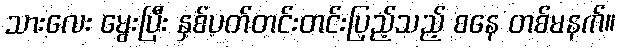
သားလေး မွေးပြီး နှစ်ပတ်တင်းတင်းပြည့်သည့် စနေ တစ်မနက်။